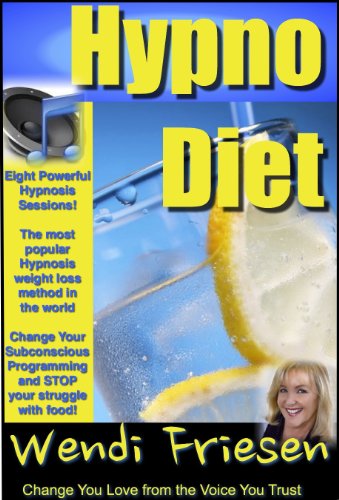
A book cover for Hypnosis Diet, Wendi's Hypnosis for weight loss PLUS EIGHT audio hypnosis MP3s; Wendi Friesen; Health, Fitness & Dieting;